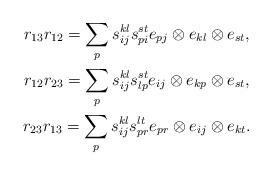
LaTeX: \begin{align*}\begin{gathered}r_{13}r_{12} = \sum\limits_{p}s_{ij}^{kl}s_{pi}^{st}e_{pj}\otimes e_{kl}\otimes e_{st}, \\r_{12}r_{23} = \sum\limits_{p}s_{ij}^{kl}s_{lp}^{st}e_{ij}\otimes e_{kp}\otimes e_{st}, \\r_{23}r_{13} = \sum\limits_{p}s_{ij}^{kl}s_{pr}^{lt}e_{pr}\otimes e_{ij}\otimes e_{kt}.\end{gathered}\end{align*}